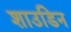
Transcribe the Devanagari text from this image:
शाउडिन